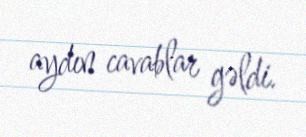
aydın cavablar gəldi.